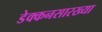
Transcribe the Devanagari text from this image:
डेक्कनसारख्या